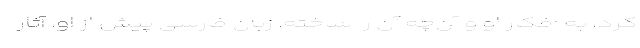
کرد، به افکار او و آن‌چه آن را ساخته. زبان فارسی پیش از او، آثار